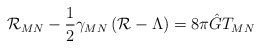
\begin{align*}{\cal R}_{MN} - \frac{1}{2} \gamma_{MN} \left({\cal R}-\Lambda\right) = 8 \pi \hat G T_{MN}\end{align*}